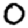
Digit: 0